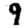
Digit: 9